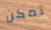
تمكن